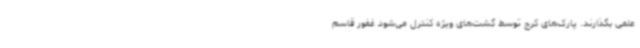
علمی بگذارند. پارک‌های کرج توسط گشت‌های ویژه کنترل می‌شود غفور قاسم